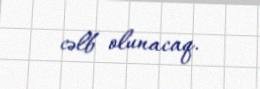
cəlb olunacaq.